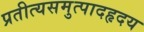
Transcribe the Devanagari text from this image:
प्रतीत्यसमुत्पादहृदय